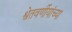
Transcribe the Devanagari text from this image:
श्वेतवर्णीयांच्या